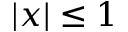
| x | \le 1